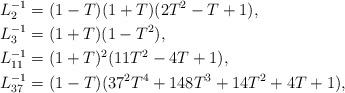
LaTeX: \begin{align*} L_2^{-1}&=(1-T) (1+T) (2T^2 - T + 1),\\ L_3^{-1}&=(1+T) (1-T^2), \\ L_{11}^{-1}&=( 1+T)^2 (11 T^2 - 4 T + 1), \\ L_{37}^{-1}&=(1-T)(37^2 T^4 + 148 T^3 + 14 T^2 + 4 T + 1), \end{align*}